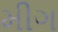
મીગ